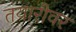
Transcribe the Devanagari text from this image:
तयारीवर